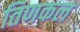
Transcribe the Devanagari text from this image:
तिणकल